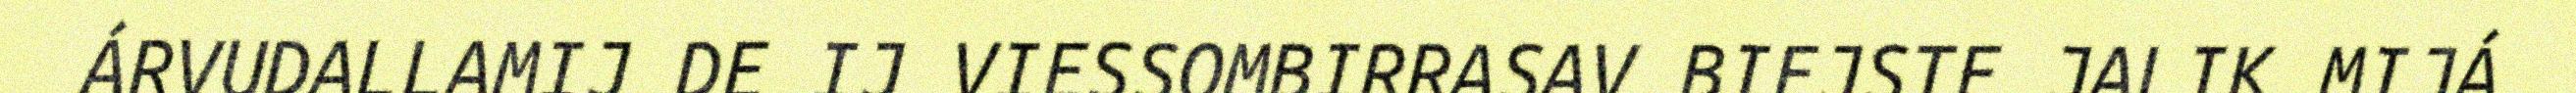
ÁRVUDALLAMIJ DE IJ VIESSOMBIRRASAV BIEJSTE JALIK MIJÁ